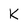
Character: K